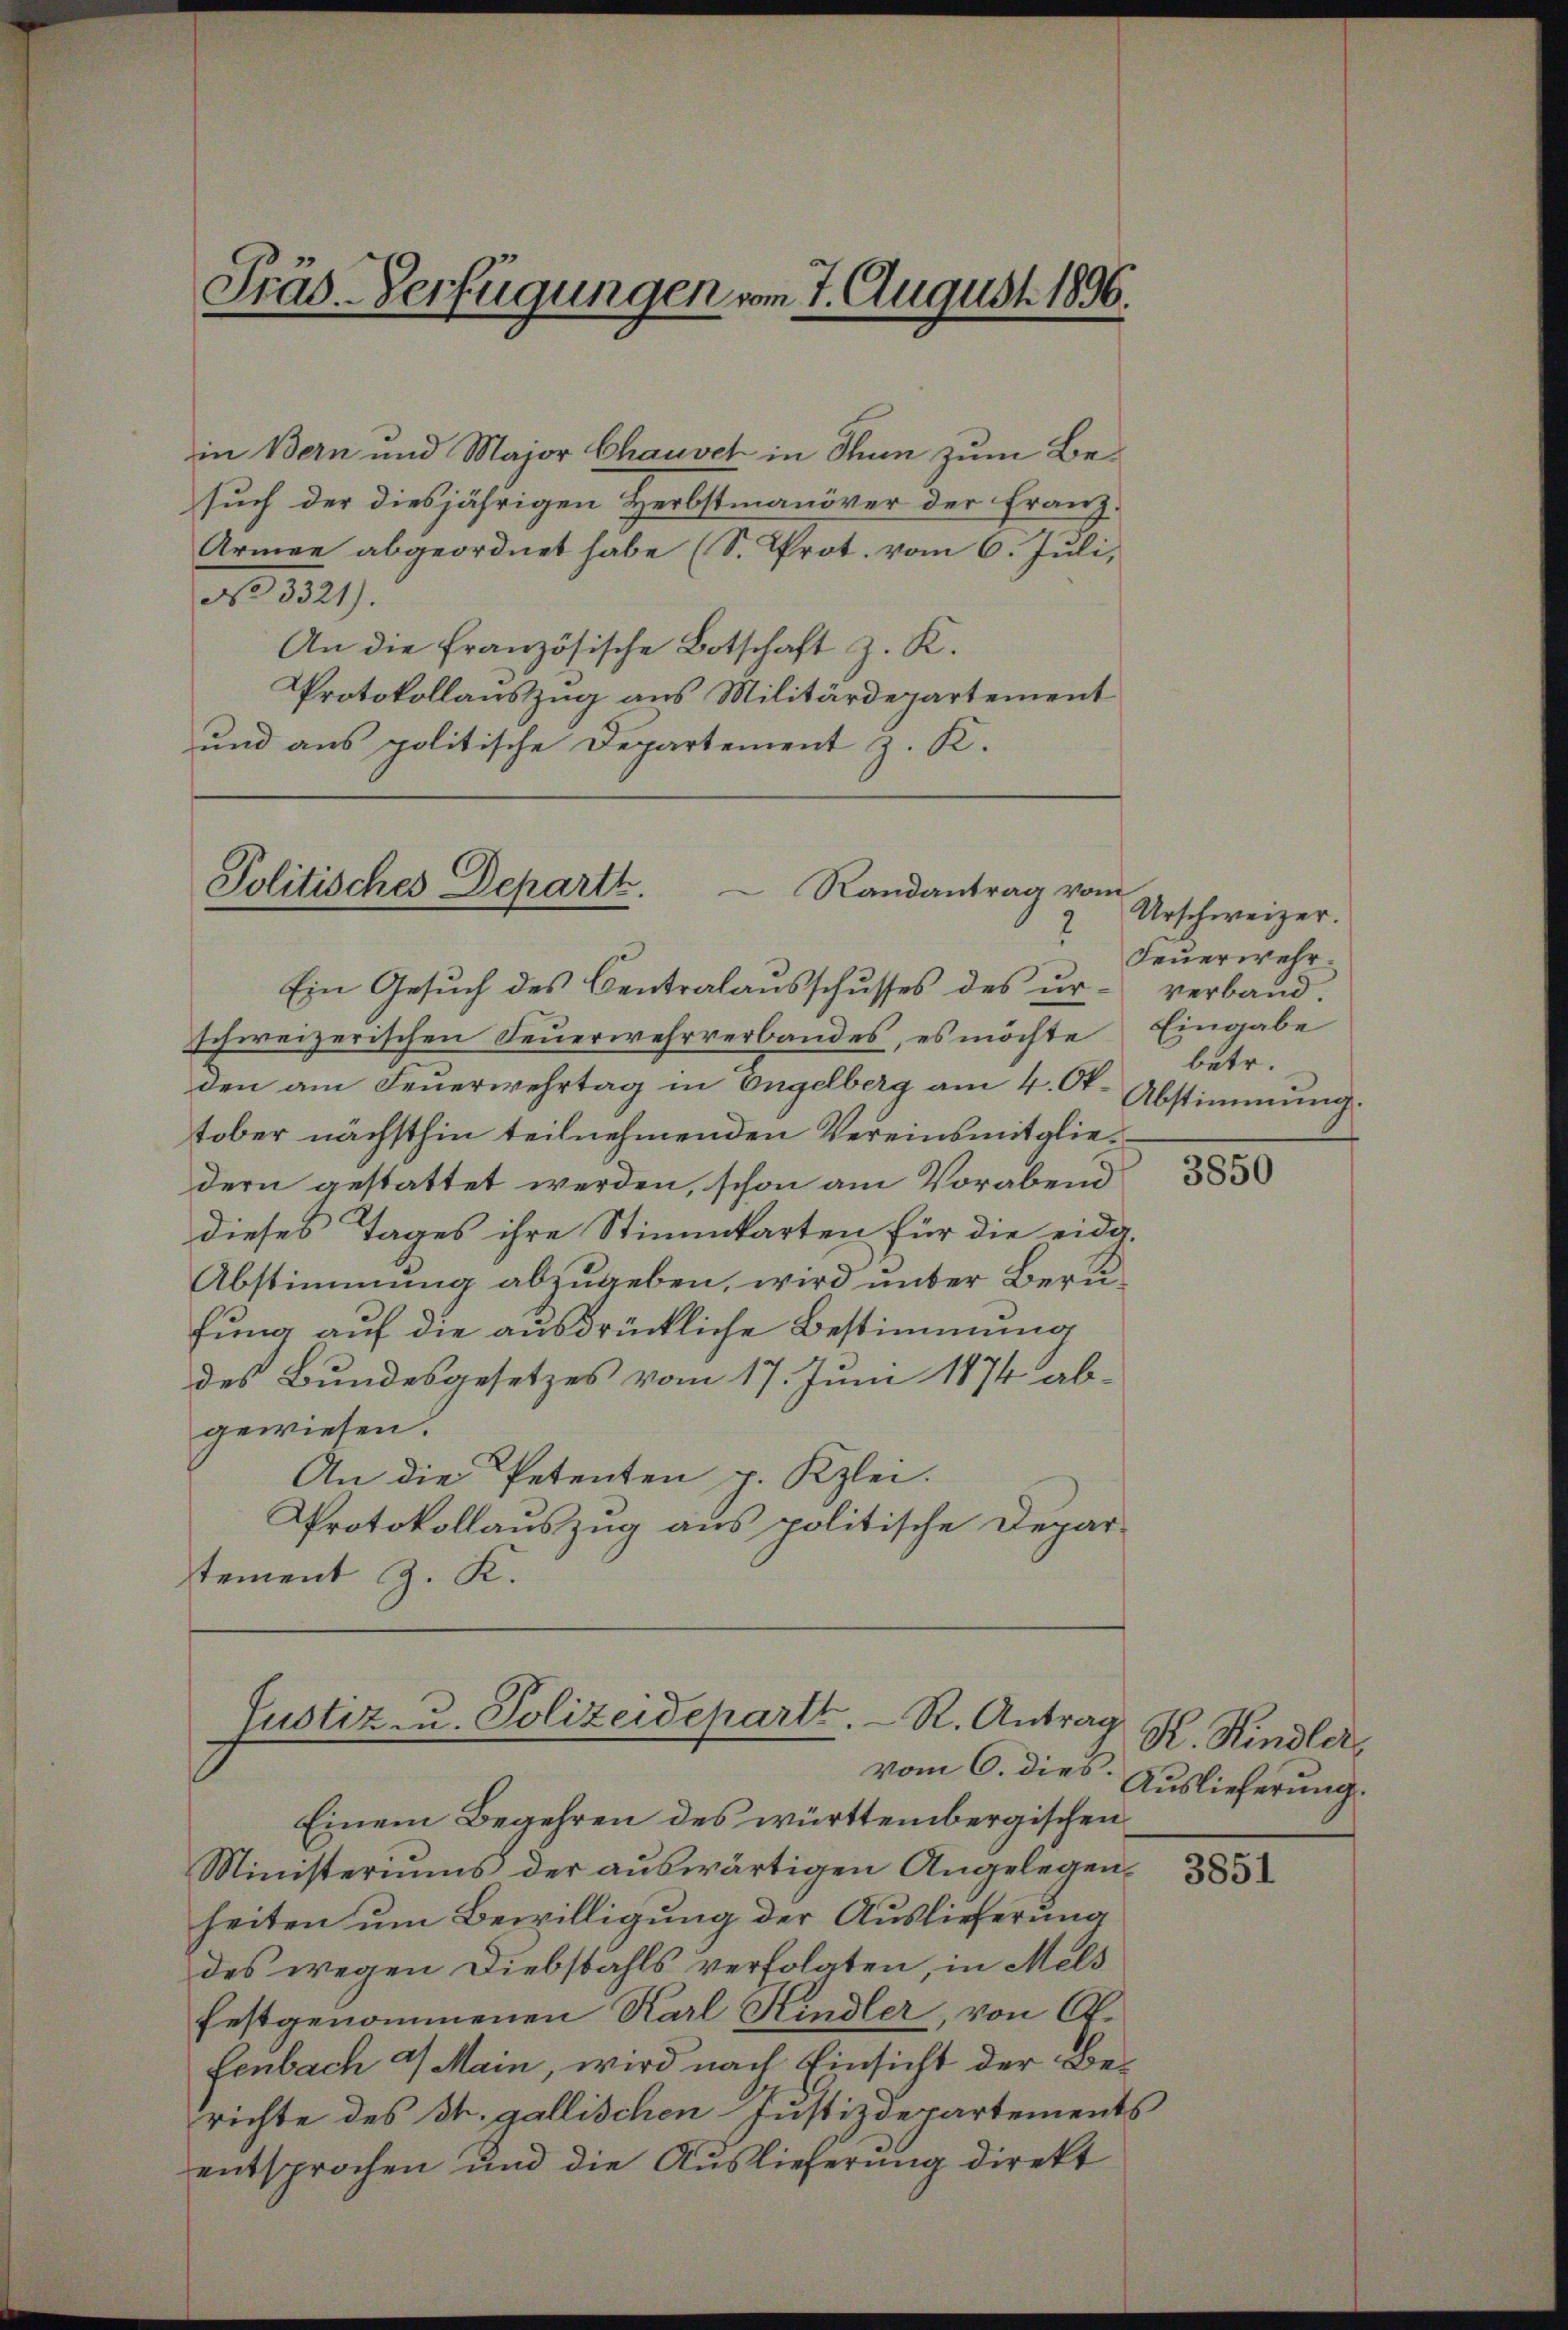
in Bern und Major Chausel in Thun zum Besuch der diesjährigen Herbstmanöver der Franz-
Armee abgeordnet habe (S. Prot. vom 6. Juli,
No 3321).
An die französische Botschaft z. K.
Protokollauszug aus Militärdepartement
und aus politische Departement z. K.

Präs. Verfügungen vom 7. August 1896.

Politisches Departh.
Randantrag vom
2

Justiz u. Polizeideparti. R. Antrag

Ein Gesuch des Centralausschusses des urschweizerischen Feuerwehrverbandes, es möchte
den am Feuerwehrtag in Engelberg am 4. Okt. Abstimmung.
tober nächsthin teilnehmenden Vereinsmitgliedern gestattet werden, schon am Vorabend
dieses Tages ihre Stimmkarten für die eidg.
Abstimmung abzugeben, wird unter Berufung auf die ausdrückliche Bestimmung
des Bundesgesetzes vom 17. Juni 1874 abgewiesen.
An die Petenten p. Kzlei.
Protokollauszug aus politische Depar-
tement z. K.

Einem Begehren des württembergischen
Ministeriums der auswärtigen Angelegenheiten um Bewilligung der Auslieferung
des wegen Diebstahls verfolgten, in Mels
festgenommenen Karl Kindler, von Alfenbach 9 Main, wird nach Einsicht der Berichte des Dr. gallischen Justizdepartements
entsprochen und die Auslieferung direkt

Urschweizer.
Feuerwehr.
verband
Eingabe
betr.

3850

K. Kindler,
vom 6. dies Auslieferung.

3851